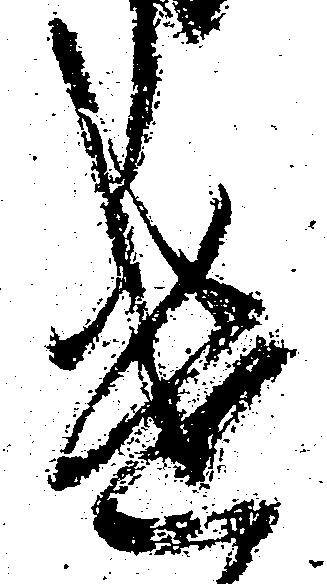
遣